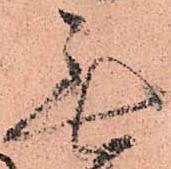
無